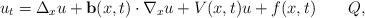
LaTeX: \begin{align*} u_t=\Delta_xu+{\bf b}(x,t)\cdot\nabla_xu+V(x,t)u+f(x,t) \qquad Q, \end{align*}